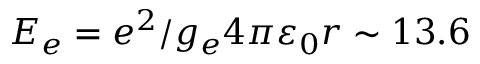
E _ { e } = e ^ { 2 } / g _ { e } 4 \pi \varepsilon _ { 0 } r \sim 1 3 . 6